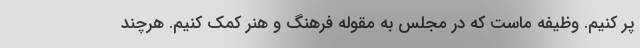
پر کنیم. وظیفه ماست که در مجلس به مقوله فرهنگ و هنر کمک کنیم. هرچند